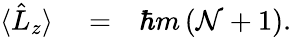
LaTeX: \begin{array}{rlr}{\langle\hat{L}_{z}\rangle}&{{}=}&{\hbar m\left({\mathcal N}+1\right).}\end{array}